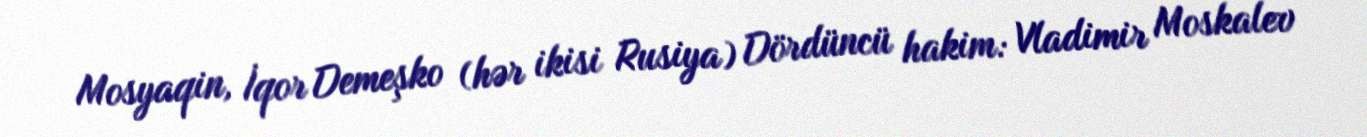
Mosyaqin, İqor Demeşko (hər ikisi Rusiya) Dördüncü hakim: Vladimir Moskalev